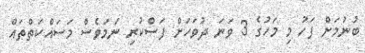
ބުނުމަށް ފަހު މި މަހުގެ 3 ވަނަ ދުވަހަށް ފަސްކުރި ނަމަވެސް މަސައްކަތްތައް